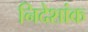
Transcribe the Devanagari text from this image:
निदेशांक